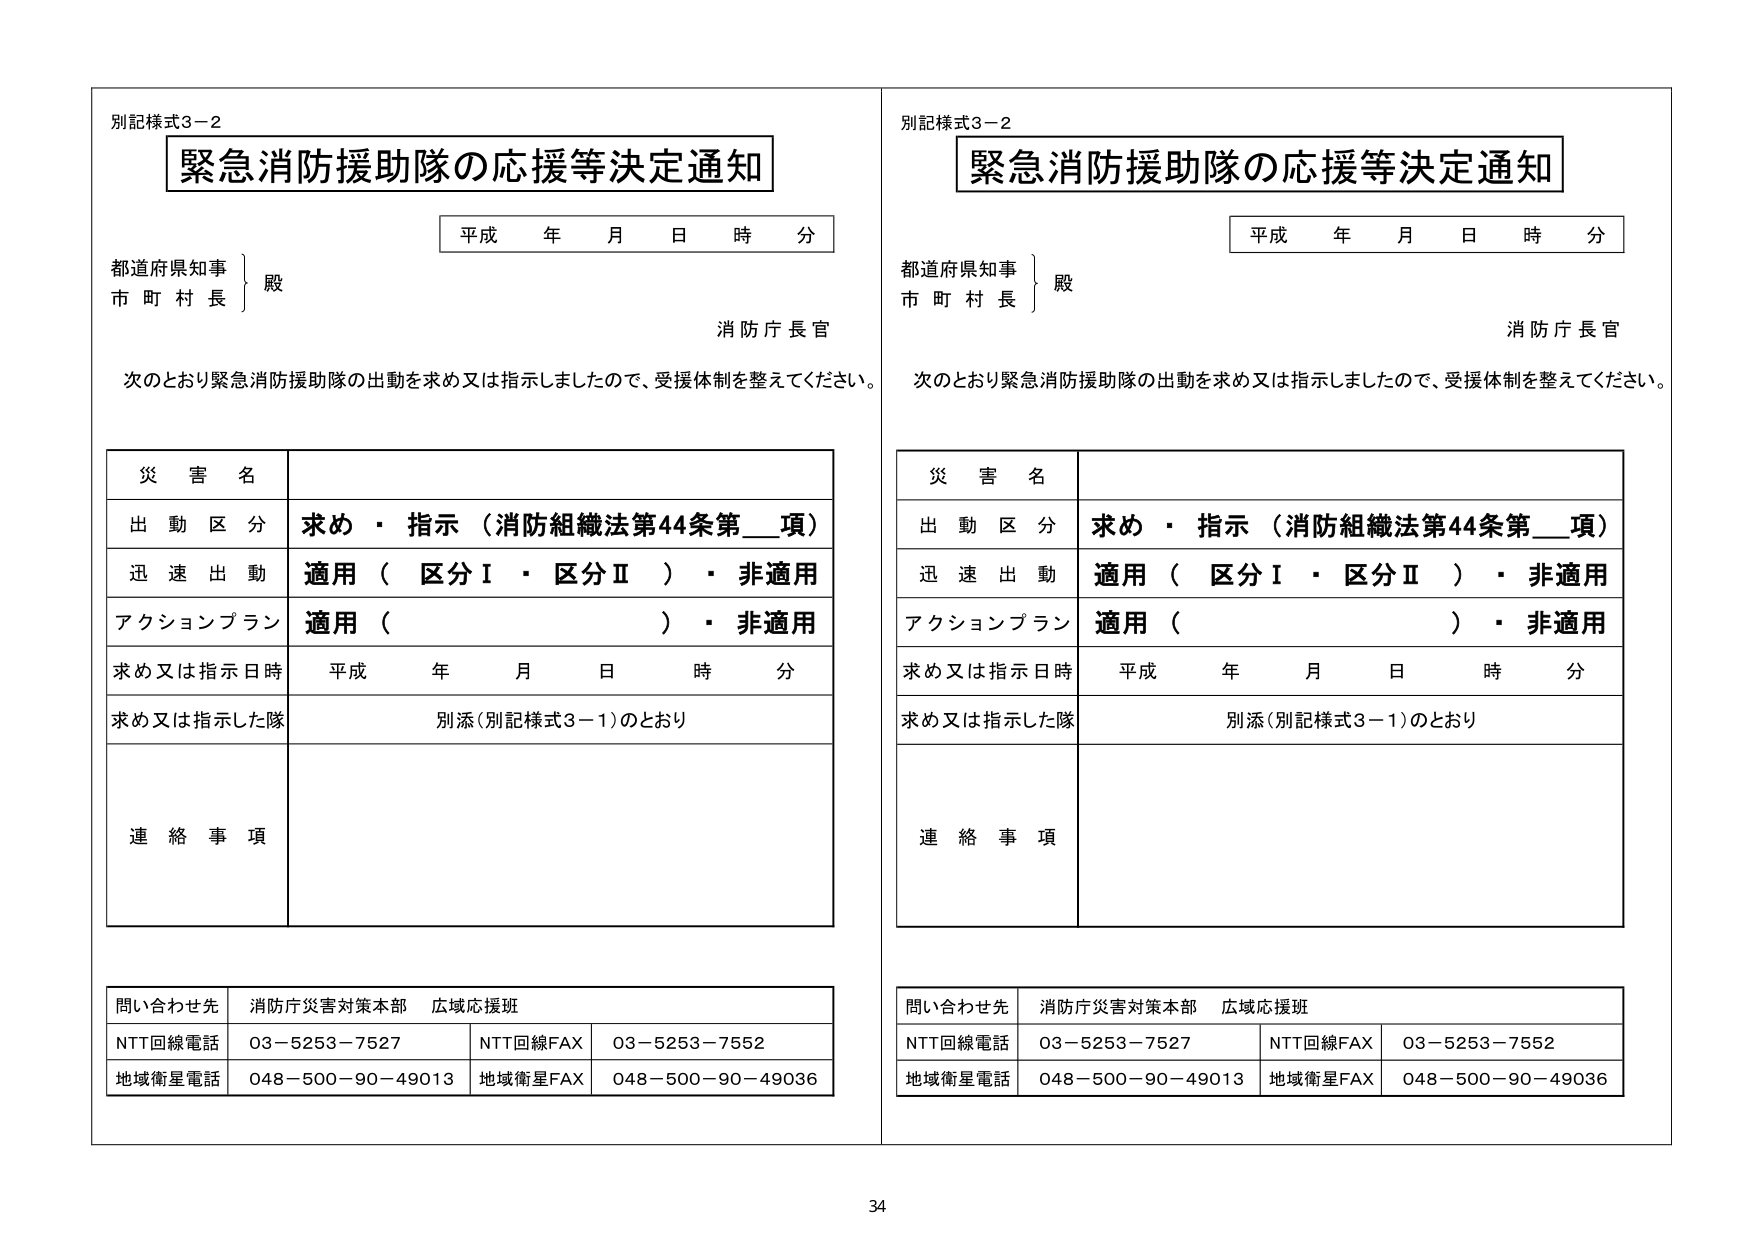
別記様式3－2
緊急消防援助隊の応援等決定通知
平成 年 月 日 時 分
都道府県知事
市 町 村 長
殿
消防庁長官
次のとおり緊急消防援助隊の出動を求め又は指示しましたので、受援体制を整えてください。

災害名
出動区分 求め・指示（消防組織法第44条第__項）
迅速出動 適用（区分Ⅰ・区分Ⅱ）・非適用
アクションプラン 適用（ ）・非適用
求め又は指示日時 平成 年 月 日 時 分
求め又は指示した隊 別添（別記様式3－1）のとおり
連絡事項

問い合わせ先 消防庁災害対策本部 広域応援班
NTT回線電話 03－5253－7527 NTT回線FAX 03－5253－7552
地域衛星電話 048－500－90－49013 地域衛星FAX 048－500－90－49036

別記様式3－2
緊急消防援助隊の応援等決定通知
平成 年 月 日 時 分
都道府県知事
市 町 村 長
殿
消防庁長官
次のとおり緊急消防援助隊の出動を求め又は指示しましたので、受援体制を整えてください。

災害名
出動区分 求め・指示（消防組織法第44条第__項）
迅速出動 適用（区分Ⅰ・区分Ⅱ）・非適用
アクションプラン 適用（ ）・非適用
求め又は指示日時 平成 年 月 日 時 分
求め又は指示した隊 別添（別記様式3－1）のとおり
連絡事項

問い合わせ先 消防庁災害対策本部 広域応援班
NTT回線電話 03－5253－7527 NTT回線FAX 03－5253－7552
地域衛星電話 048－500－90－49013 地域衛星FAX 048－500－90－49036

34